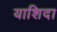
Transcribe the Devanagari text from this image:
याशिदा